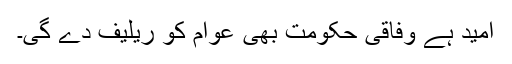
اُمید ہے وفاقی حکومت بھی عوام کو ریلیف دے گی۔